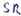
Text: SR